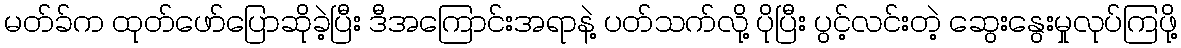
မတ်ခ်က ထုတ်ဖော်ပြောဆိုခဲ့ပြီး ဒီအကြောင်းအရာနဲ့ ပတ်သက်လို့ ပိုပြီး ပွင့်လင်းတဲ့ ဆွေးနွေးမှုလုပ်ကြဖို့